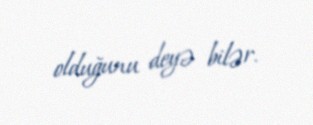
olduğunu deyə bilər.